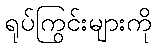
ရုပ်ကြွင်းများကို